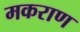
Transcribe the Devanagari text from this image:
मकराण